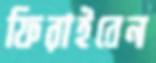
ফিরাইবেন